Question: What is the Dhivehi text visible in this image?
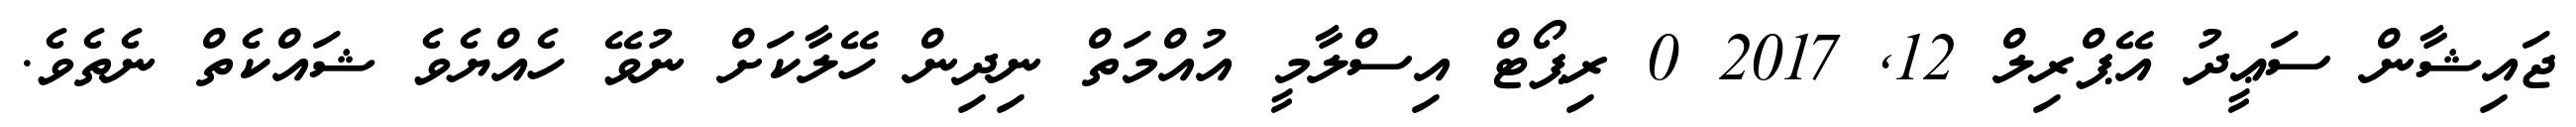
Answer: ޖައިޝާން ސަޢީދު އޭޕްރިލް 12, 2017 0 ރިޕޯޓް އިސްލާމީ އުއްމަތް ނިދިން ހޭލާކަށް ނުވޭ ހެއްޔެވެ ޝައްކެތް ނެތެވެ.